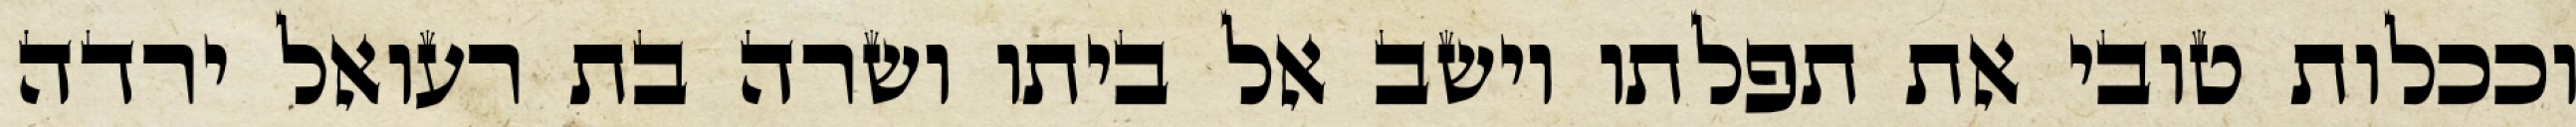
וככלות טובי את תפלתו וישב אל ביתו ושרה בת רעואל ירדה